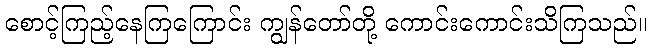
စောင့်ကြည့်နေကြကြောင်း ကျွန်တော်တို့ ကောင်းကောင်းသိကြသည်။